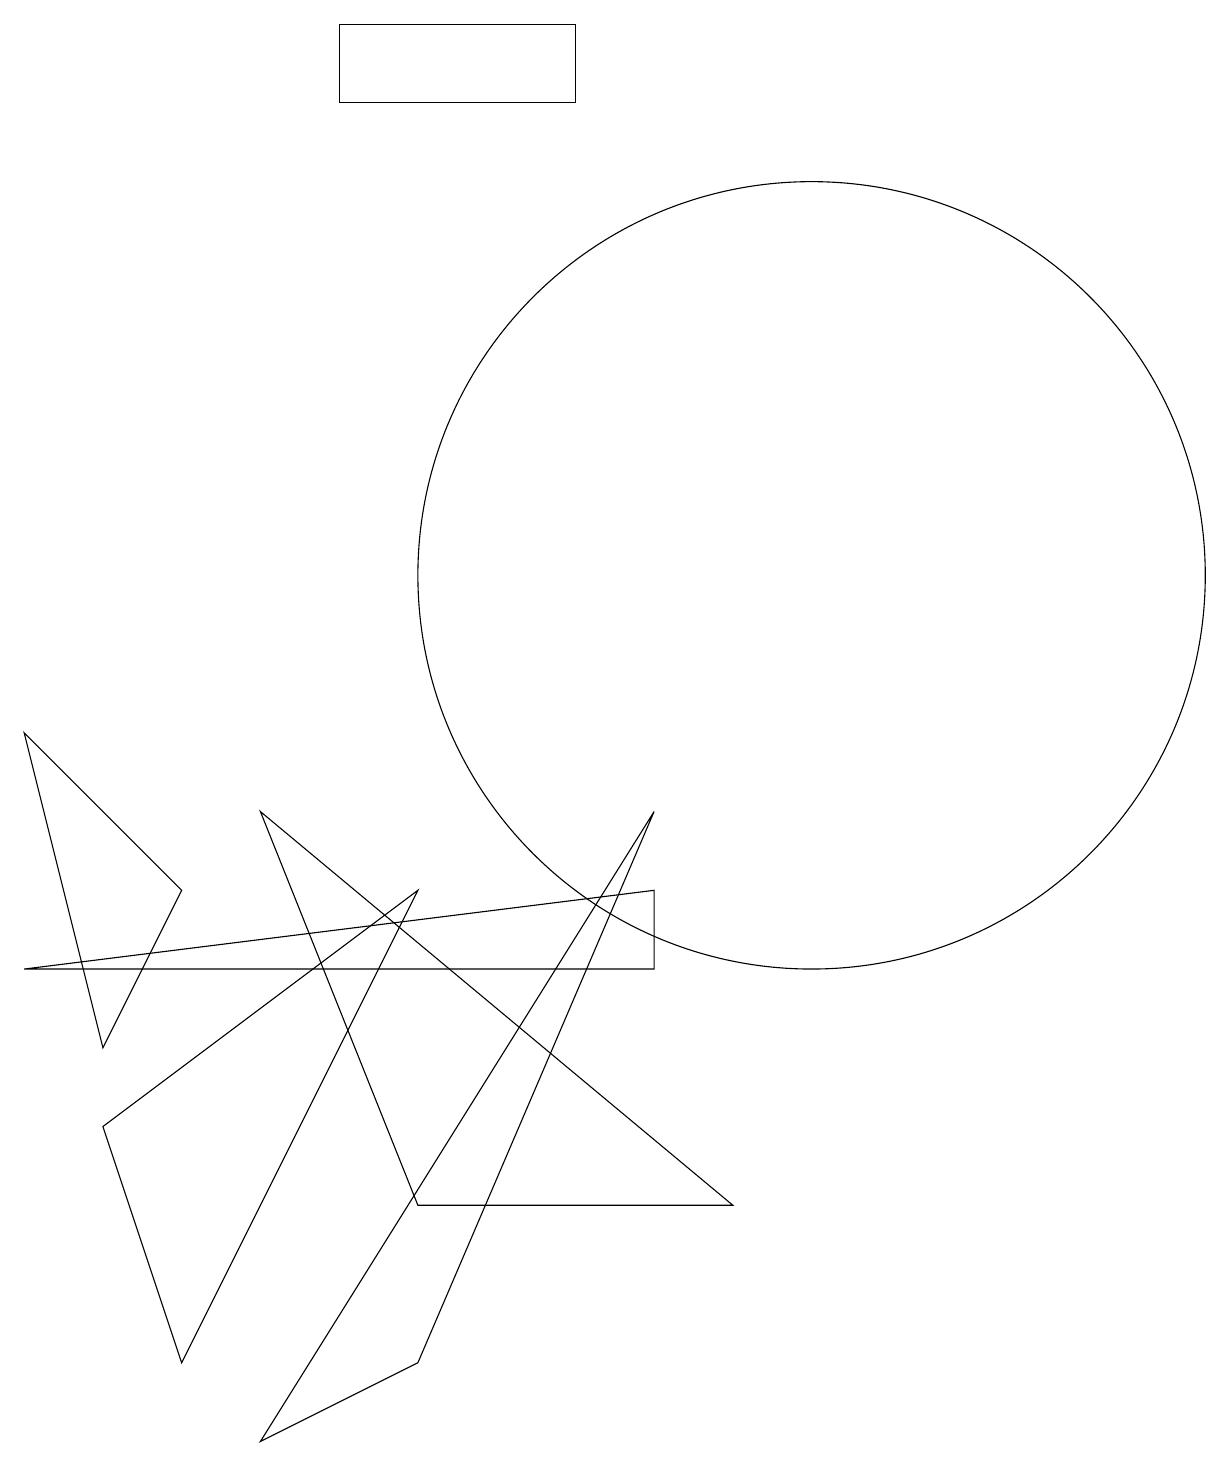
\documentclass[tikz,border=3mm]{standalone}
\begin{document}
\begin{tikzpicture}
\draw (0,9) -- (2,7) -- (1,5) -- cycle;
\draw (8,8) -- (5,1) -- (3,0) -- cycle;
\draw (10,11) circle (5);
\draw (2,1) -- (1,4) -- (5,7) -- cycle;
\draw (7,17) rectangle (4,18);
\draw (8,7) -- (8,6) -- (0,6) -- cycle;
\draw (9,3) -- (5,3) -- (3,8) -- cycle;
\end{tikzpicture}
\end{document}